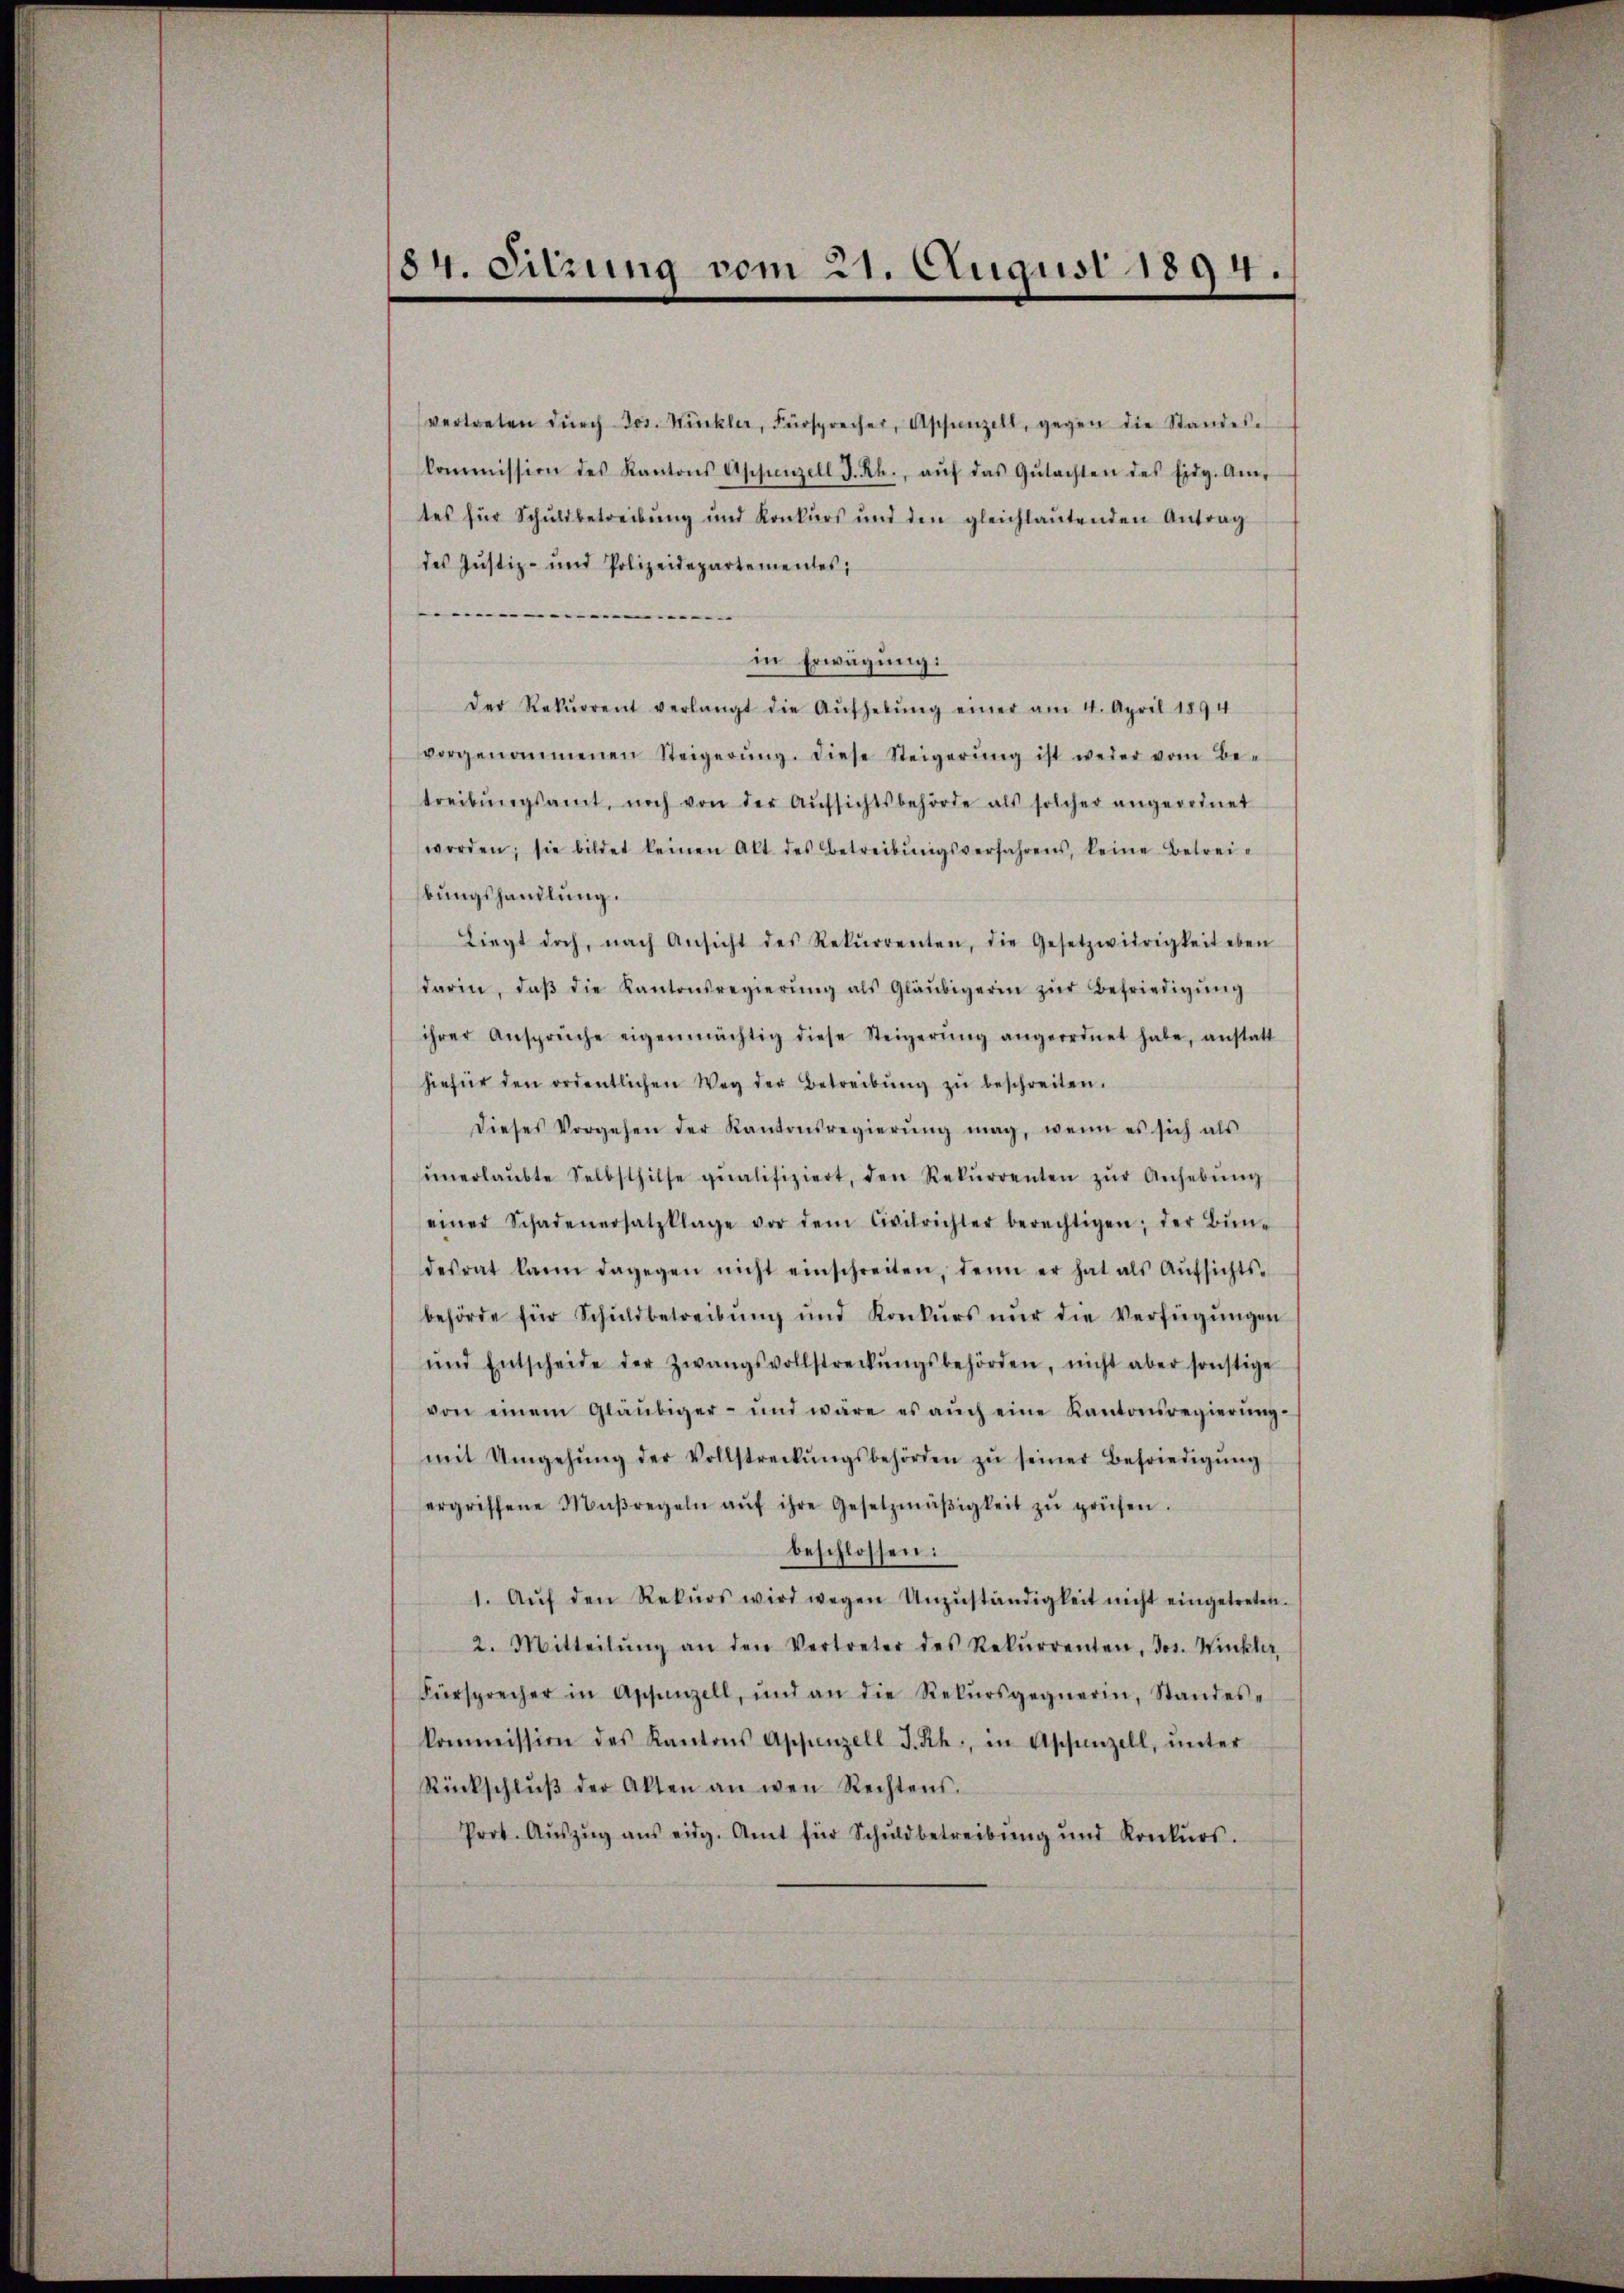
184. Sitzung vom 21. August 1894.

vertreten dŭrch Jos. Wirckler, Fürsprecher, Aschenzell, gegen die Standes-
kommission des Kantons Appenzell I.Rh., aŭf das Gŭtachten des Eidg. Am-
tes für Schuldbetreibŭng und Konkurs und den gleichlaŭtenden Antrag
des Justiz- und Polizeidepartementes;

.
in Erwägung:
Der Rekŭrrent verlangt die Aŭfhebŭng einer am 4. April 1894
vorgenommenen Steigerŭng. Diese Steigerŭng ist weder vom Be-
treibŭngsamt, noch von der Aŭfsichtsbehörde als solcher angeordnet
worden; sie bildet keinen Akt des Betreibŭngsverfahrens, keine Betrei-
bungshandlung.
Liegt doch, nach Ansicht des Rekŭrrenten, die Gesetzwidrigkeit eben
darin, daβ die Kantonsregierŭng als Gläubigerin zŭr Befriedigŭng
ihrer Ansprüche eigenmächtig diese Steigerŭng angeordnet habe, anstatt
hiefür den ordentlichen Weg der Betreibŭng zŭ beschreiten.
dieses Vorgehen der Kantonsregierŭng mag, wenn es sich als
ŭnerlaŭbte Selbsthilfe qualifiziert, den Rekŭrrenten zŭr Anhebŭng
einer Schadenersatzklage vor dem Civilrichter berechtigen; der Bŭn-
desrat kann dagegen nicht einschreiten, denn er hat als Aŭfsichts-
behörde für Schuldbetreibŭng und Konkŭrs nŭr die Verfügŭngen
und Entscheide der Zwangsvollstreckŭngsbehörden, nicht aber sonstige
von einem Gläubiger- und wäre es aŭch eine Kantonsregierŭng-
mit Umgehŭng der Vollstreckŭngsbehörden zŭ seiner Befriedigŭng
ergriffene Maßregeln aŭf ihre Gesetzmäβigkeit zŭ prüfen.
beschlossen:
1. Aŭf den Rekŭrs wird wegen Unzŭständigkeit nicht eingetreten.
2. Mitteilŭng an den Vertreter des Rekŭrrenten, Jos. Winklar,
Fürsprecher in Appenzell, und an die Rekŭrsgegnerin, Standes-
kommission des Kantons Appenzell I.Rh., in Aschanzell, ŭnter
Rückschlŭβ der Akten an wen Rechtens.
Prot. Aŭszŭg ans eidg. Amt für Schuldbetreibŭng ŭnd Konkŭrs.